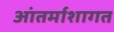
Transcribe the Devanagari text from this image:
आंतर्माशागत